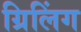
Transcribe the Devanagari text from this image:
ग्रिलिंग